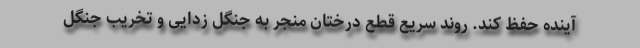
آینده حفظ کند. روند سریع قطع درختان منجر به جنگل زدایی و تخریب جنگل